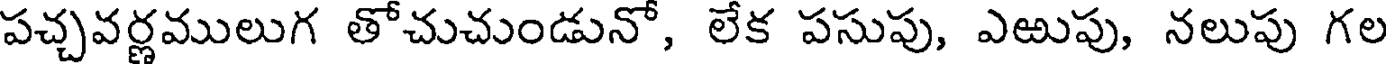
పచ్చవర్ణములుగ తోచుచుండునో, లేక పసుపు, ఎఱుపు, నలుపు గల